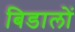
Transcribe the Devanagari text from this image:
बिडालों